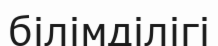
білімділігі